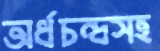
অর্ধচন্দ্রসহ